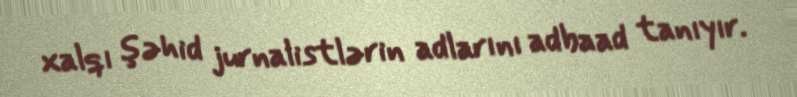
xalqı şəhid jurnalistlərin adlarını adbaad tanıyır.